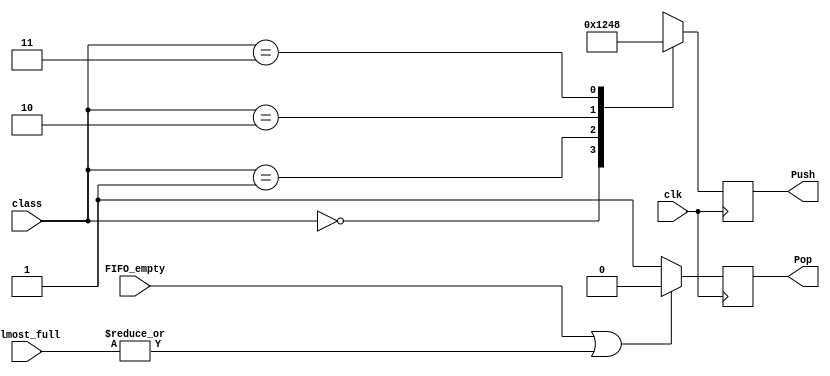
//Proyecto II
//14-11-2021
//Version 1
//Modulo de Arbitro 2

module arbitro_2 (output reg Pop,
  input clk,
  output reg [3:0] Push,
  input FIFO_empty,
  input [3:0] Almost_full,
  input [1:0] class);

initial Push = 0;
initial Pop = 0;

always @(posedge clk) begin
    if (FIFO_empty | |Almost_full) Pop = 0;
    else Pop = 1;

    // No tiene prioridades
    // Dependiendo del valor de class se habilitan los Pushes

    case (class)
        0: Push = 4'b0001;
        1: Push = 4'b0010;
        2: Push = 4'b0100; 
        3: Push = 4'b1000;
        default: Push = 0;
    endcase
end
endmodule